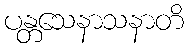
ပန္တသေနာသနာတိ